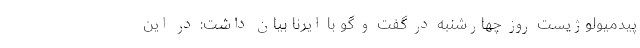
پیدمیولوژیست روز چهارشنبه در گفت و گو با ایرنا بیان داشت: در این